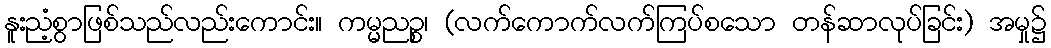
နူးညံ့စွာဖြစ်သည်လည်းကောင်း။ ကမ္မညဉ္စ၊ (လက်ကောက်လက်ကြပ်စသော တန်ဆာလုပ်ခြင်း) အမှု၌